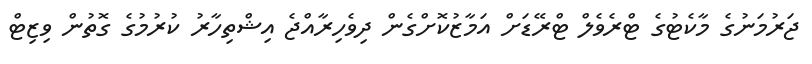
ޖަރުމަނުގެ މާކެޓުގެ ޓްރެވެލް ޓްރޭޑަށް އަމާޒުކޮށްގެން ދިވެހިރާއްޖެ އިޝްތިހާރު ކުރުމުގެ ގޮތުން ވިޒިޓް